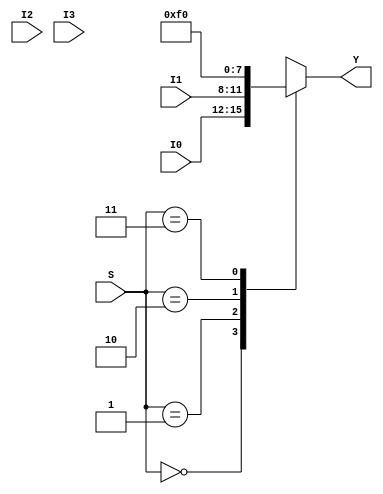
module mux4x1 (output reg[3:0] Y, input[1:0]S, input[3:0] I0,I1,I2,I3);
	always @(S,I0,I1,I2,I3) begin
		case(S)
			2'b00: Y=I0;
			2'b01: Y=I1;
			2'b10: Y=4'b1111;
			2'b11: Y=4'b0000;
		endcase
	end
endmodule